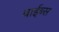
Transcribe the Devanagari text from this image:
वाईब्स